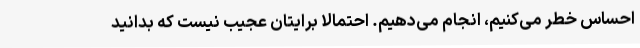
احساس خطر می‌کنیم، انجام می‌دهیم. احتمالا برایتان عجیب نیست که بدانید